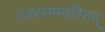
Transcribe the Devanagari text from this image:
उतररामचरितम्‌